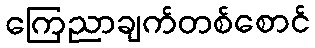
ကြေညာချက်တစ်စောင်